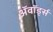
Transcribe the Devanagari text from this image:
अॅवॉर्ड्स